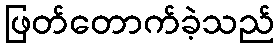
ဖြတ်တောက်ခဲ့သည်